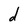
Character: d